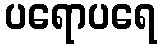
ပရောပရေ